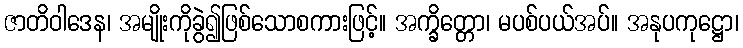
ဇာတိဝါဒေန၊ အမျိုးကိုခွဲ၍ဖြစ်သောစကားဖြင့်။ အက္ခိတ္တော၊ မပစ်ပယ်အပ်။ အနုပကုဋ္ဌော၊